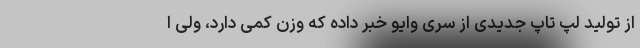
از تولید لپ تاپ جدیدی از سری وایو خبر داده که وزن کمی دارد، ولی ا